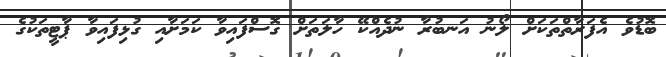
ބޮޑުވެ އެފަރާތްތަކަށް ލޯނު އަނބުރާ ނުދެއްކޭ ހާލަތަށް ގޮސްފައިވާ ކަމަށާއި ގުޅިފައިވާ ޕާޓީތަކުގެ